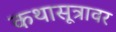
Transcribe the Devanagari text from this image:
कथासूत्रावर